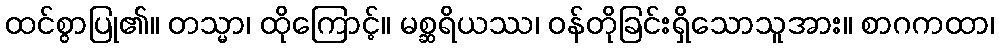
ထင်စွာပြု၏။ တသ္မာ၊ ထိုကြောင့်။ မစ္ဆရိယဿ၊ ဝန်တိုခြင်းရှိသောသူအား။ စာဂကထာ၊